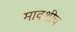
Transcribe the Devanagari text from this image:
मावशीच